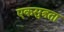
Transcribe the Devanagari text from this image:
एकसुत्रता